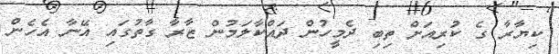
ކިޔާރާ ގެ ކުރިއަށް ތިބި ދެމީހުން ދައްކާލަމުން ޒާރާ ގާތުގައި އޭނާ އެހެން